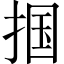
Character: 掴